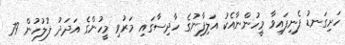
ހަށިގަނޑު ފެނިފައިވާ މީހުންނާއެކު އަލިފާނުގެ ހާދިސާގައި މަރުވި މީހުންގެ އަދަދު ފުލުހުން 79